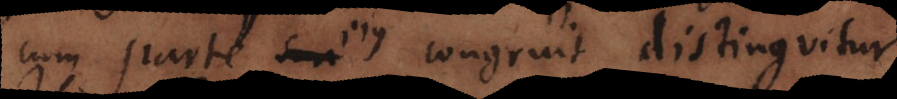
cum parte ejus congruit distinguitur.